Report of the Imperial Institute of Veterinary Research, Muktesar
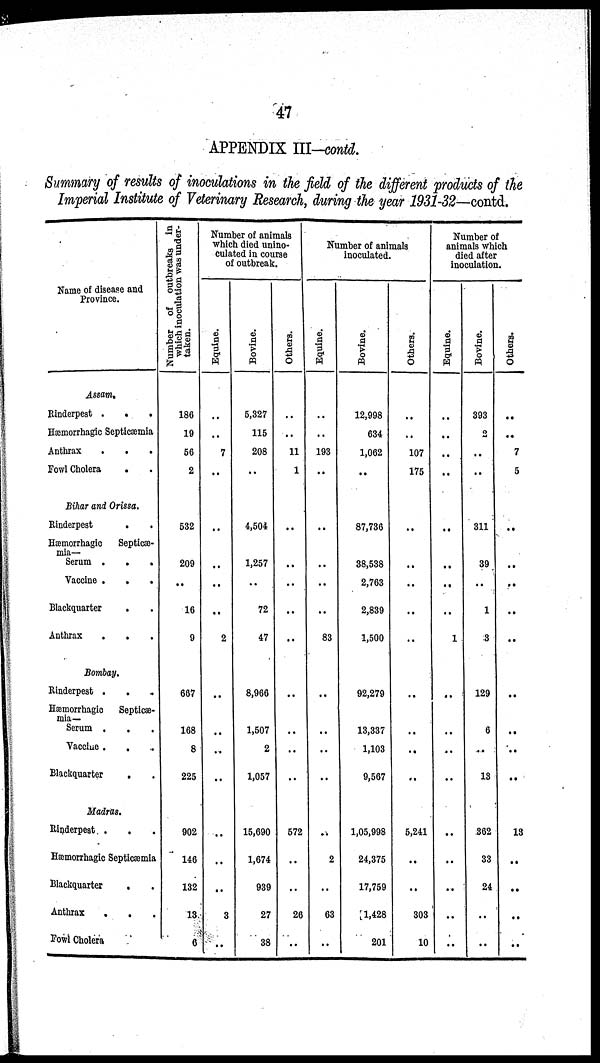
47
APPENDIX III-contd.
Summary of results of inoculations in the field of the different products of the
Imperial Institute of Veterinary Research, during the year 1931-32—contd.
Name of disease and
Province.
Assam.
Rinderpest .
.
.
Hæmorrhagic Septicæmia
Anthrax
.
.
.
Fowl Cholera
.
Bihar and Orissa.
Rinderpest
.
.
Hæmorrhagic
Septicæ-
mia—
Serum .
.
.
Vaccine . .
.
Blackquarter
.
Anthrax
.
.
Bombay.
Rinderpest .
Hæmorrhagic
Septicæ-
mia—
Serum .
.
Vaccine .
.
Blackquarter
.
Madras.
Rinderpest .
.
Hæmorrhagic Septicæmia
Blackquarter
Anthrax
.
.
.
Fowl Cholera
Number of outbreaks in
which inoculation was under-
taken.
186
19
56
2
532
209
..
16
9
667
168
8
225
902
146
132
13
6
Number of animals
which died unino¬
culated in course
of outbreak.
Equine.
..
..
7
..
..
..
..
2
..
..
..
..
..
..
..
3
..
Bovine.
5,327
115
208
..
4,504
1,257
..
72
47
8,966
1,507
2
1,057
15,690
1,674
939
27
38
Others.
..
..
11
1
..
..
..
..
..
..
..
..
572
..
..
26
..
Number of animals
inoculated.
Equine.
..
..
193
..
..
..
..
83
..
..
..
..
..
2
..
63
..
Bovine.
12,998
634
1,062
..
87,736
38,538
2,763
2,839
1,500
92,279
13,337
1,103
9,567
1,05,998
24,375
17,759
1,428
201
Others.
..
..
107
175
..
..
..
..
..
..
..
5,241
..
..
303
10
Number of
animals which
died after
inoculation.
Equine.
..
..
..
..
..
..
..
1
..
..
..
..
..
..
..
..
Bovine.
393
2
..
..
311
39
..
1
3
129
6
13
362
33
24
..
..
Others.
..
..
7
5
..
..
..
..
..
..
..
13
..
..
..
..